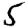
Digit: 5